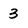
Character: 3